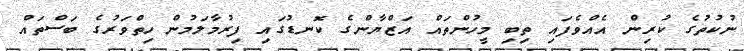
ނުކުތުގެ ކުރިން އެއްވެފައި ތިބި މީހުންތައް އަޒްޔާންގެ ކޮނޑުގައި ފިރުމާލަމުން ހިތްވަރުގެ ބަސްތައް